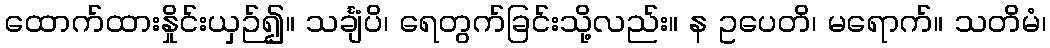
ထောက်ထားနှိုင်းယှဉ်၍။ သင်္ချံပိ၊ ရေတွက်ခြင်းသို့လည်း။ န ဥပေတိ၊ မရောက်။ သတိမံ၊